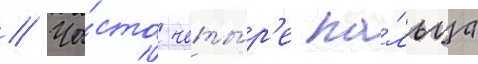
// Ча́сто четы́р'е па́льца